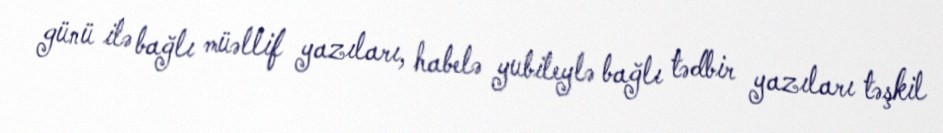
günü ilə bağlı müəllif yazıları, habelə yubileylə bağlı tədbir yazıları təşkil